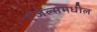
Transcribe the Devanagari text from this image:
एंजेल्समधील